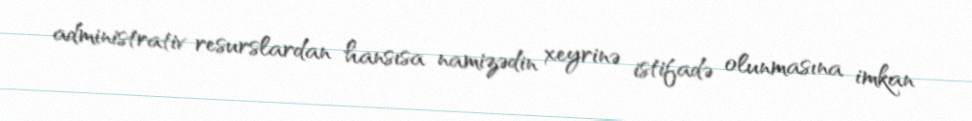
administrativ resurslardan hansısa namizədin xeyrinə istifadə olunmasına imkan